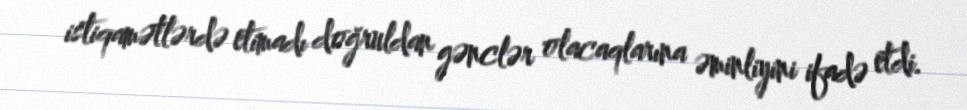
istiqamətlərdə etimadı doğruldan gənclər olacaqlarına əminliyini ifadə etdi.